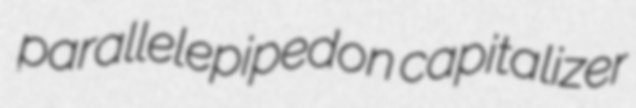
parallelepipedon capitalizer